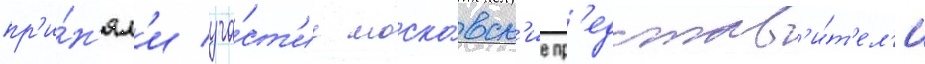
пр'и́н'ял'и уча́ст'ие моско́вск'ие пр'едстав'и́т'ел'и